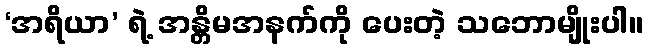
‘အရိယာ’ ရဲ့ အန္တိမအနက်ကို ပေးတဲ့ သဘောမျိုးပါ။